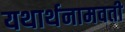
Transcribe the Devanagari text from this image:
यथार्थनामवती